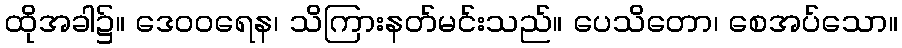
ထိုအခါ၌။ ဒေဝဝရေန၊ သိကြားနတ်မင်းသည်။ ပေသိတော၊ စေအပ်သော။